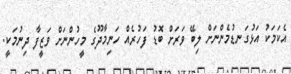
އެކަމަކު އަޅުގަނޑުމެންނަށް ލިބޭ ވަރަށް ބޮޑު ފަހުރެއް ހަނިމާދޫގެ މީހުންނަށް ވަޒީފާ ދިނުމަކީ.